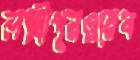
লক্ষ্মীপুরওয়েব